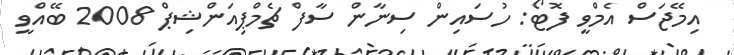
އިމޭޖަސް އެމްވީ ފޮޓޯ: ހުސައިން ސިނާން ސާފް ޗެމްޕިއަންޝިޕް 2008 ބޭއްވީ